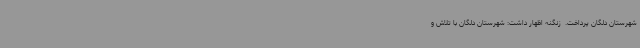
شهرستان دلگان پرداخت. ‌ زنگنه اظهار داشت: شهرستان دلگان با تلاش و